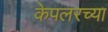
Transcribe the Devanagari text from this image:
केपलरच्या